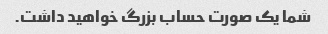
شما یک صورت حساب بزرگ خواهید داشت.